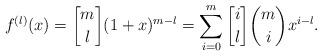
LaTeX: \begin{align*} f^{\left( l \right)}(x) = {m \brack l} (1+x)^{m-l} = \sum_{i=0}^{m}{{i \brack l}{m \choose i}x^{i-l}}. \end{align*}